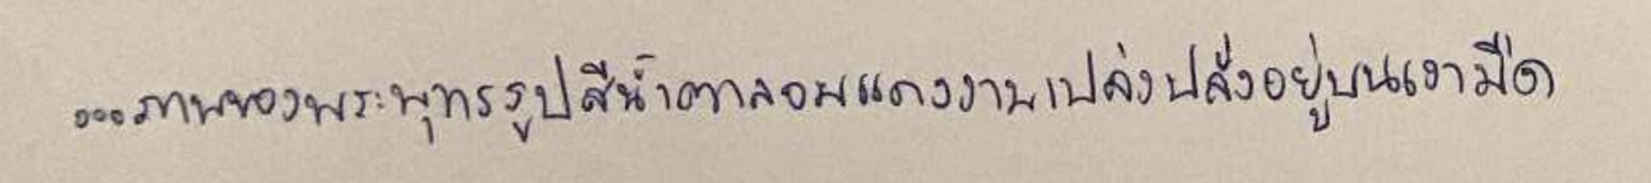
...ภาพของพระพุทธรูปสีน้ำตาลอมแดงงามเปล่งปลั่งอยู่บนเงามืด